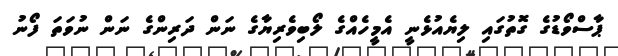
ޕާސްވޯޑުގެ ގޮތުގައި ލިޔެއުޅެނީ އެމީހެއްގެ ލޯބިވެރިޔާގެ ނަން ދަރިންގެ ނަން ނުވަތަ ފޯނު